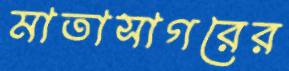
মাতাসাগরের